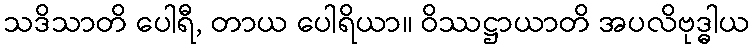
သဒိသာတိ ပေါရီ, တာယ ပေါရိယာ။ ဝိဿဋ္ဌာယာတိ အပလိဗုဒ္ဓါယ